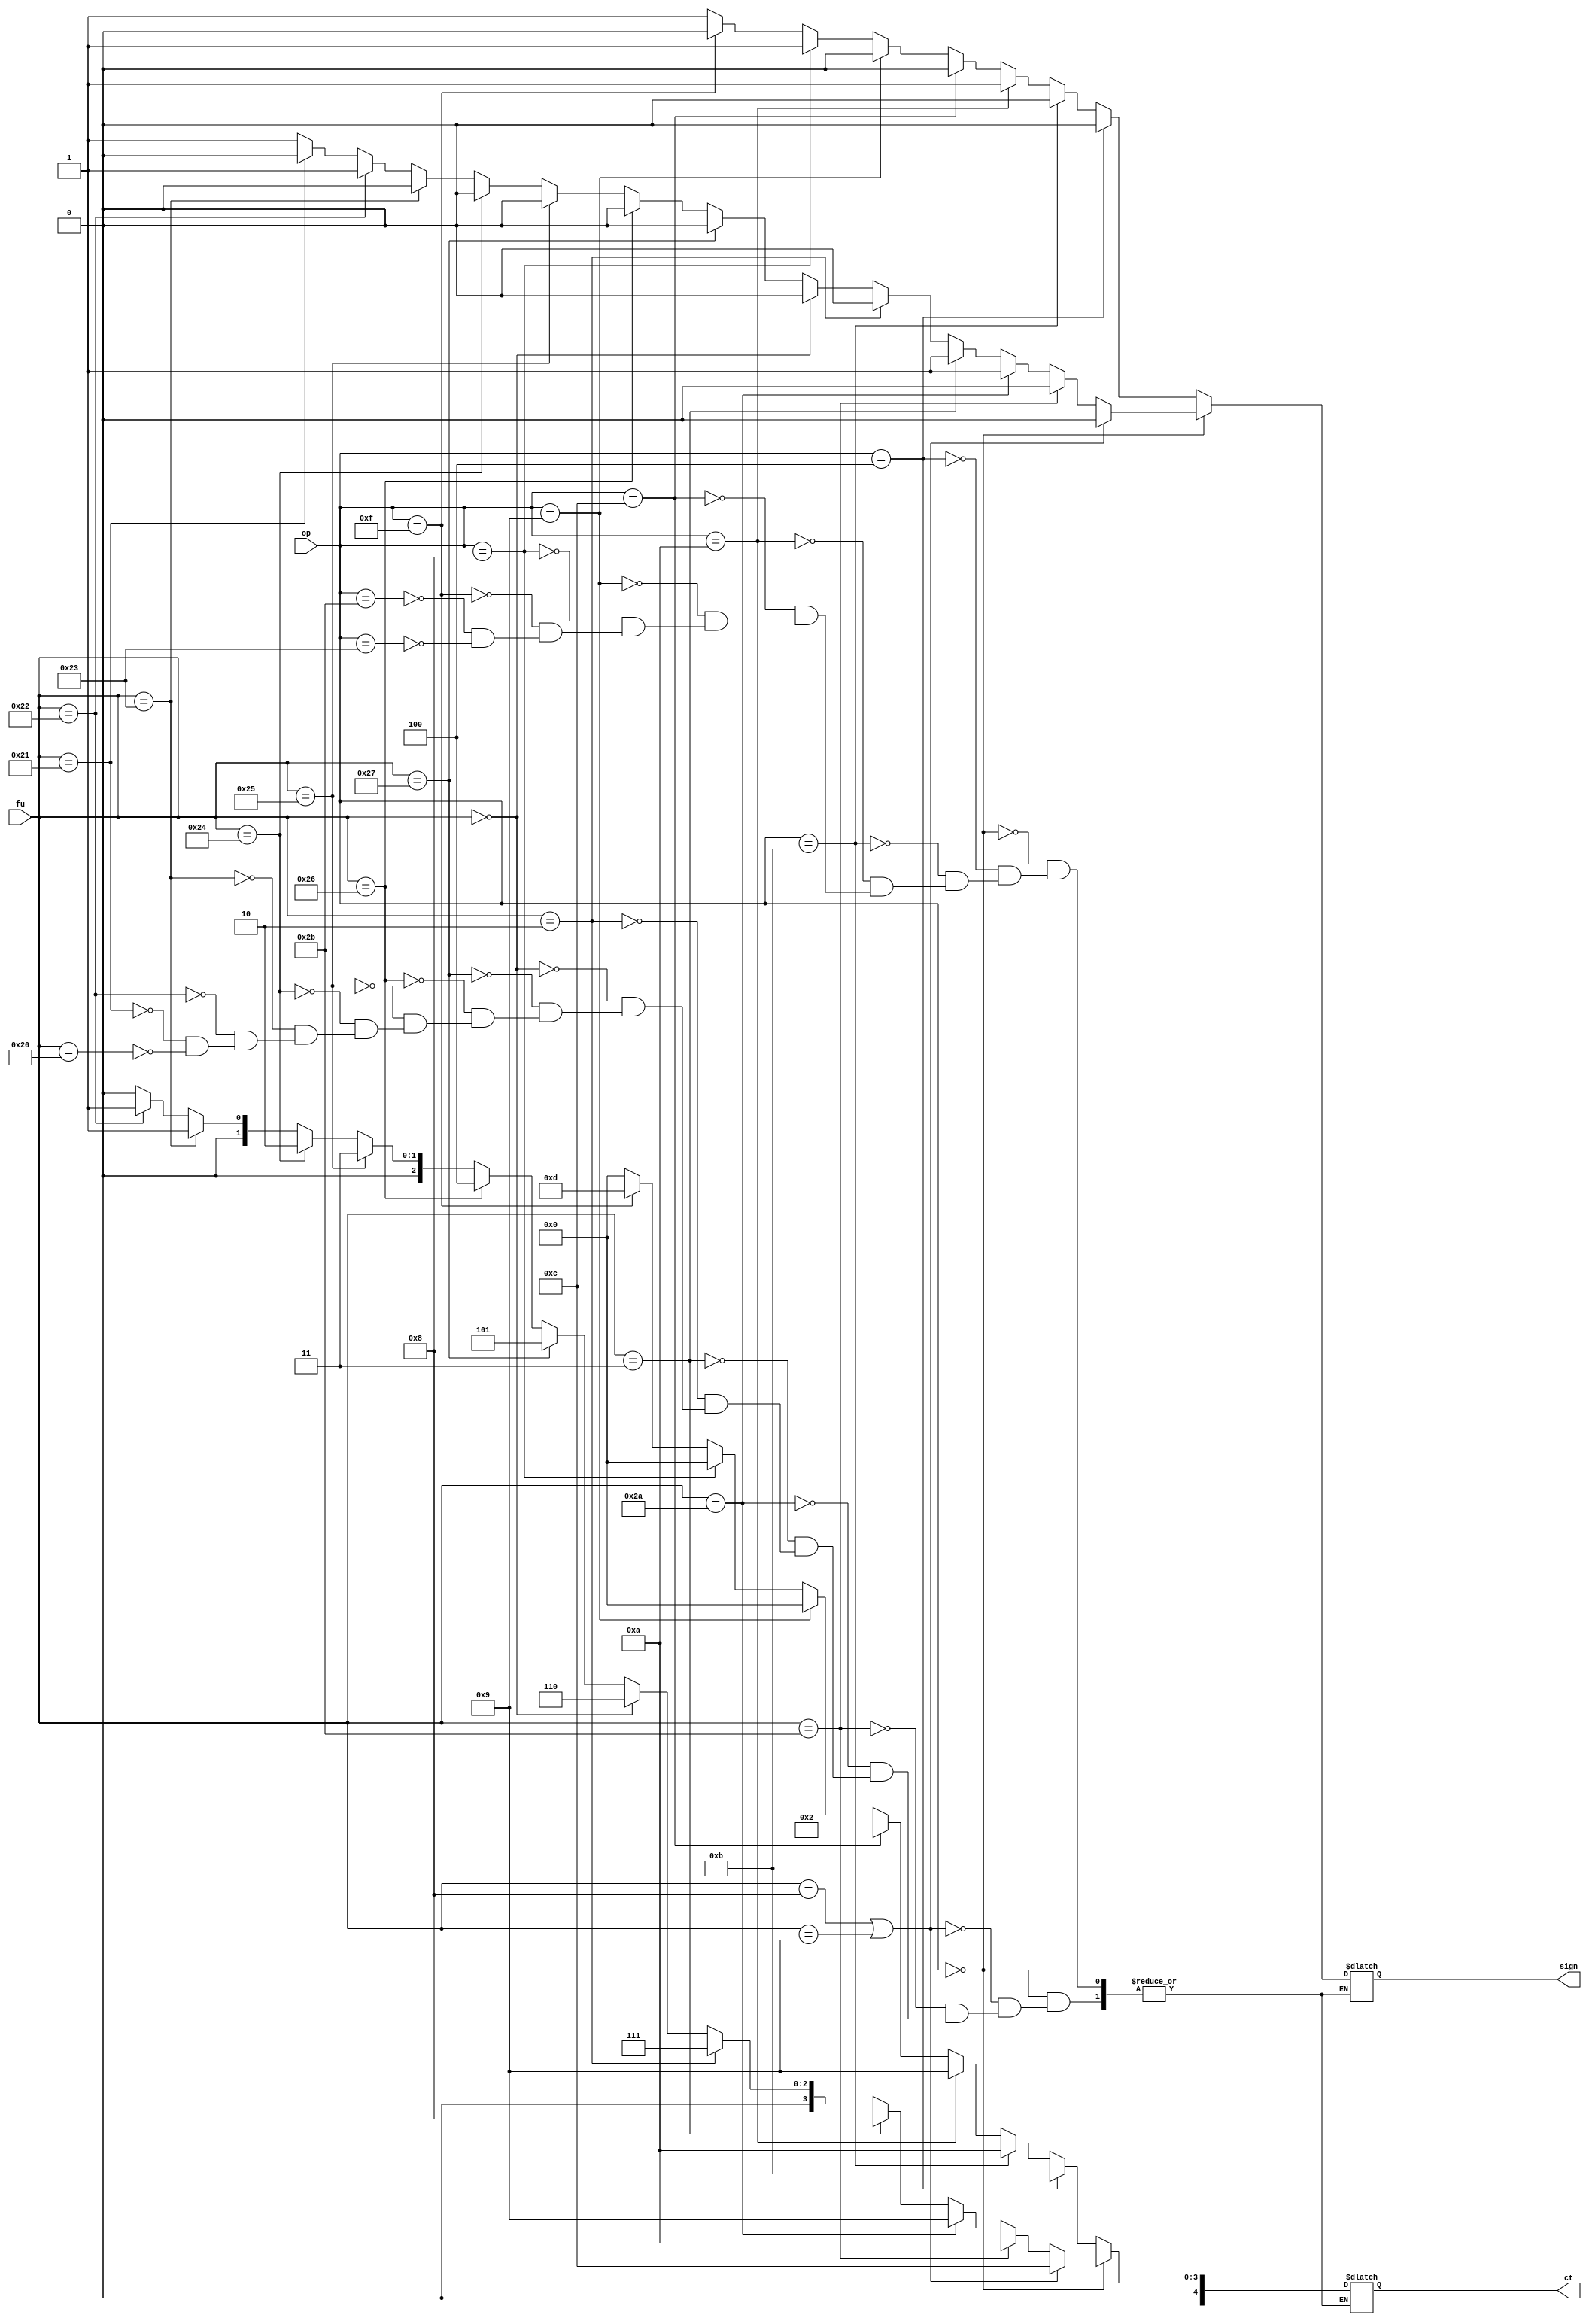

module ALUControl(
op,fu,ct,sign
    );
    input [5:0]op,fu;
    output [4:0]ct;
    output sign;
    reg [4:0]ct;
    reg sign;
    always @(*) begin
    if(op==6'h0) begin
    if(fu==6'h20) begin ct<=5'd0;sign<=1;end //add  //0=add
    if(fu==6'h21) begin ct<=5'd0;sign<=0;end //addu
    if(fu==6'h22) begin ct<=5'd1;sign<=1;end //sub  //1=sub 
    if(fu==6'h23) begin ct<=5'd1;sign<=0;end //subu
    if(fu==6'h24) begin ct<=5'd2;sign<=0;end //and  //2=and
    if(fu==6'h25) begin ct<=5'd3;sign<=0;end //or   //3=or
    if(fu==6'h26) begin ct<=5'd4;sign<=0;end //xor  //4=xor
    if(fu==6'h27) begin ct<=5'd5;sign<=0;end //nor  //5=nor
    if(fu==6'h0) begin ct<=5'd6;sign<=0;end  //sll  //6=sll
    if(fu==6'h02) begin ct<=5'd7;sign<=0;end //srl  //7=srl
    if(fu==6'h03) begin ct<=5'd8;sign<=1;end //sra  //8=sra
    if(fu==6'h2a) begin ct<=5'd9;sign<=1;end //slt  //9=slt
    if(fu==6'h2b) begin ct<=5'd10;sign<=0;end//sltu //10=sltu
    if(fu==6'h08||fu==6'h09) begin ct<=5'd12;sign<=0;end//jr   //12=jr/jalr
    end
    else begin
    if(op==6'h23) begin ct<=5'd0;sign<=1;end //lw
    if(op==6'h2b) begin ct<=5'd0;sign<=1;end //sw
    if(op==6'h0f) begin ct<=5'd13;sign<=0;end//lui  //13=lui
    if(op==6'h08) begin ct<=5'd0;sign<=1;end //addi
    if(op==6'h09) begin ct<=5'd0;sign<=0;end //addiu
    if(op==6'h0c) begin ct<=5'd2;sign<=0;end //andi
    if(op==6'h0a) begin ct<=5'd9;sign<=1;end //slti
    if(op==6'h0b) begin ct<=5'd10;sign<=0;end//sltiu
    if(op==6'h04) begin ct<=5'd11;sign<=0;end//beq  //11=beq
    //j,jal don't need ALU
    end
    end
endmodule